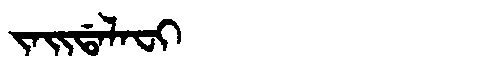
Manchu: ᠵᠠᡳᡩᠠᠯᠠᠸᡳ
Romanization: JAIDALAFI